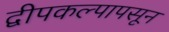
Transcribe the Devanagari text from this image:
द्वीपकल्पापसून